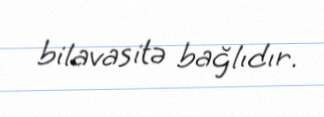
bilavasitə bağlıdır.